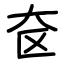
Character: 奁